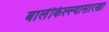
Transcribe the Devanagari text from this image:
बालेकिल्ल्यासारखा